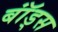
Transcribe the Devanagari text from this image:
बॉंड्स